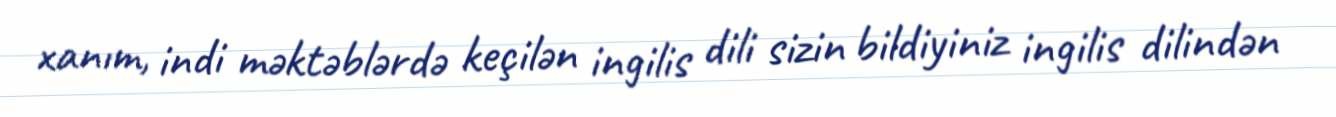
xanım, indi məktəblərdə keçilən ingilis dili sizin bildiyiniz ingilis dilindən